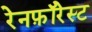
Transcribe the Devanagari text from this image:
रेनफ़ॉरेस्ट